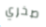
صخري